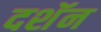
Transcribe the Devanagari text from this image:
दशॅन